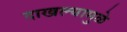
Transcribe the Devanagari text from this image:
दाखल्यामुळे